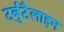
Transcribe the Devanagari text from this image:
टर्बुटैलाइन